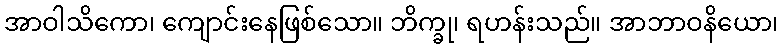
အာဝါသိကော၊ ကျောင်းနေဖြစ်သော။ ဘိက္ခု၊ ရဟန်းသည်။ အာဘာဝနိယော၊